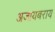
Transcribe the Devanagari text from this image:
अजायबराय